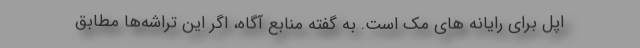
اپل برای رایانه های مک است. به گفته منابع آگاه، اگر این تراشه‌ها مطابق